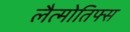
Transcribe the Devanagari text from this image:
लैत्मोतिफ्स